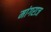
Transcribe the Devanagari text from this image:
मांगराज